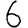
Digit: 6